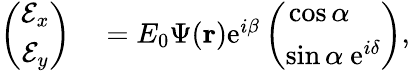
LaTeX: \begin{array}{rl}{\left(\begin{array}{c}{\mathcal{E}_{x}}\\ {\mathcal{E}_{y}}\end{array}\right)}&{{}=E_{0}\Psi({\mathbf r})\mathrm{e}^{i\beta}\left(\begin{array}{c}{\cos\alpha\ \ \ \ }\\ {\sin\alpha\ \mathrm{e}^{i\delta}}\end{array}\right),}\end{array}